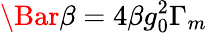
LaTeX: \Bar{\beta}=4\beta g_{0}^{2}\Gamma_{m}